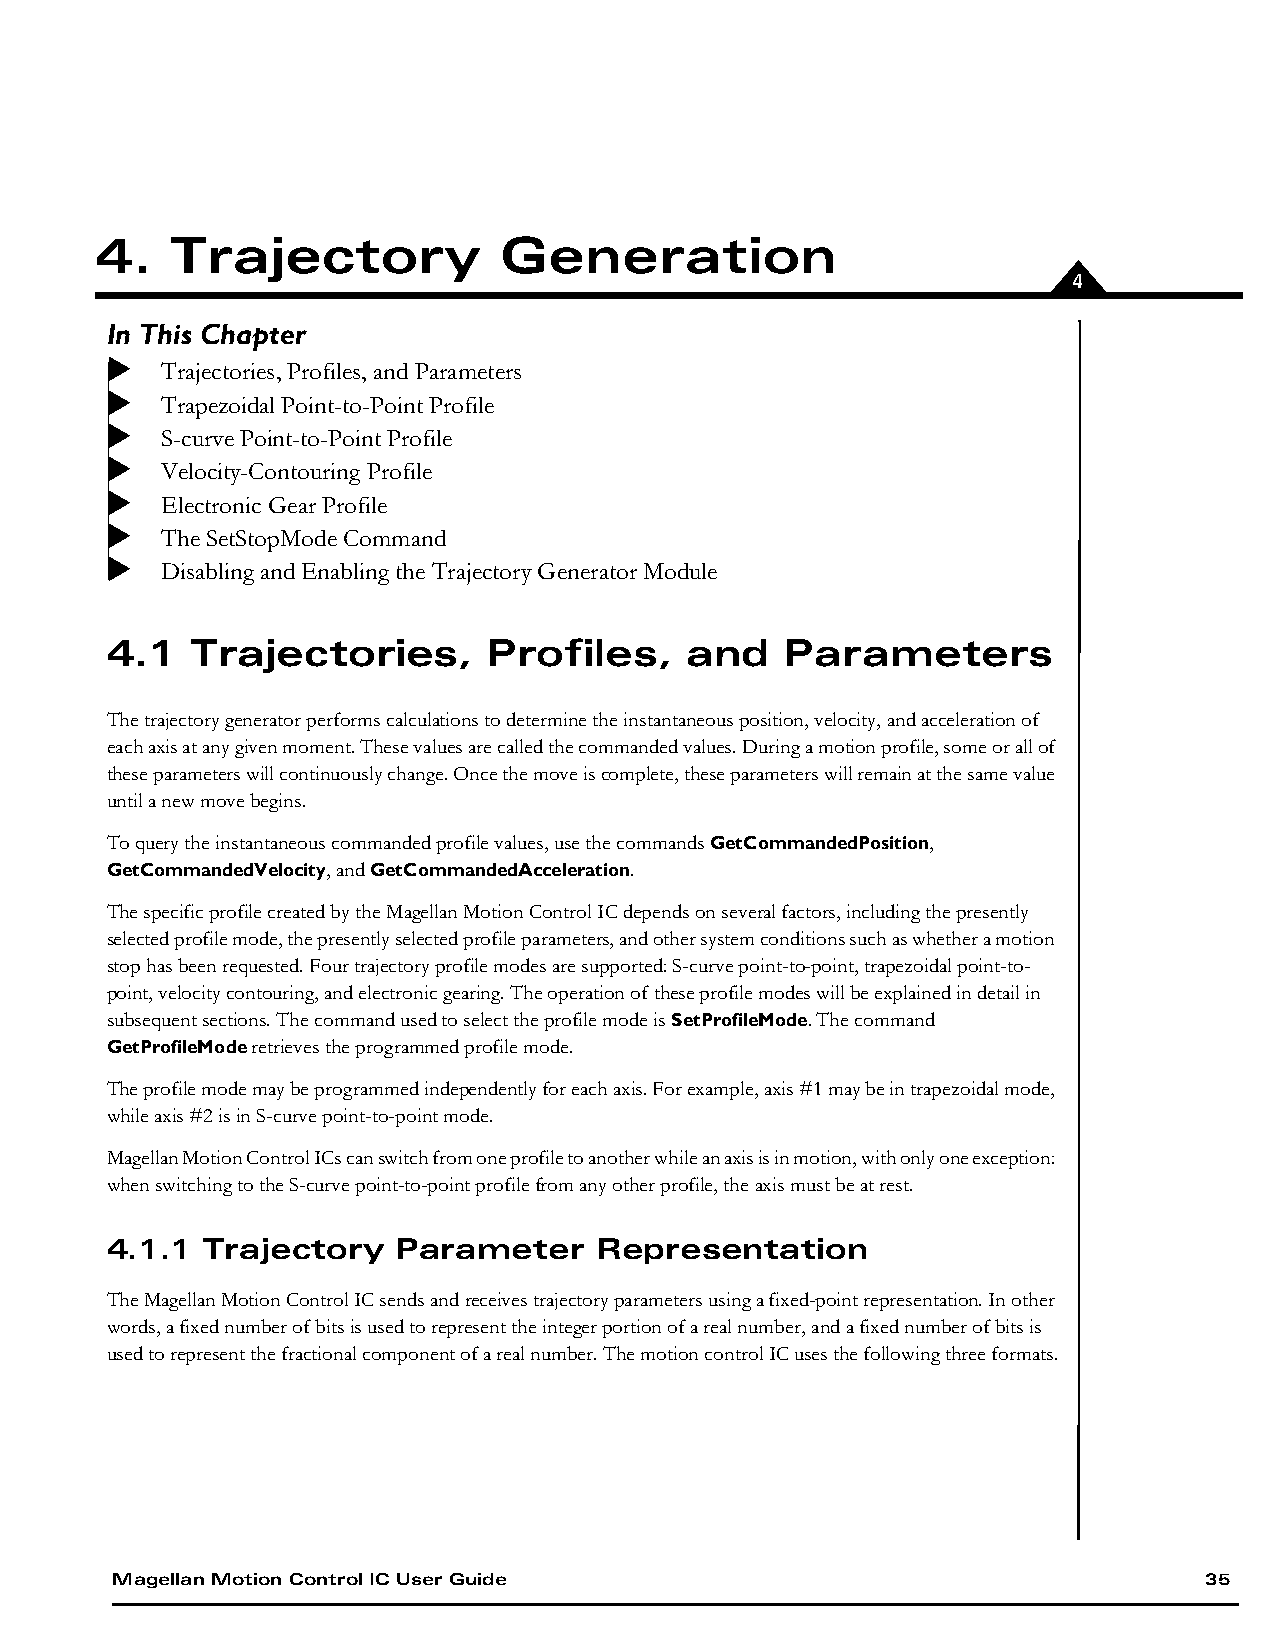
4.   Trajectory            Generation
 4
 In This Chapter
 Trajectories, Profiles, and Parameters
 Trapezoidal Point-to-Point Profile
 S-curve Point-to-Point Profile
 Velocity-Contouring Profile
 Electronic Gear Profile
 The  SetStopMode Command
 Disabling and Enabling the Trajectory Generator Module
 4.1   Trajectories,      Profiles,    and    Parameters
 The trajectory generator performs calculations to determine the instantaneous position, velocity, and acceleration of
 each axis at any given moment. These values are called the commanded values. During a motion profile, some or all of
 these parameters will continuously change. Once the move is complete, these parameters will remain at the same value
 until a new move begins.
 To query the instantaneous commanded profile values, use the commands GetCommandedPosition,
 GetCommandedVelocity, and GetCommandedAcceleration.
 The specific profile created by the Magellan Motion Control IC depends on several factors, including the presently
 selected profile mode, the presently selected profile parameters, and other system conditions such as whether a motion
 stop has been requested. Four trajectory profile modes are supported: S-curve point-to-point, trapezoidal point-to-
 point, velocity contouring, and electronic gearing. The operation of these profile modes will be explained in detail in
 subsequent sections. The command used to select the profile mode is SetProfileMode. The command
 GetProfileMode retrieves the programmed profile mode.
 The profile mode may be programmed independently for each axis. For example, axis #1 may be in trapezoidal mode,
 while axis #2 is in S-curve point-to-point mode.
 Magellan Motion Control ICs can switch from one profile to another while an axis is in motion, with only one exception:
 when switching to the S-curve point-to-point profile from any other profile, the axis must be at rest.
 4.1.1 Trajectory   Parameter     Representation
 The Magellan Motion Control IC sends and receives trajectory parameters using a fixed-point representation. In other
 words, a fixed number of bits is used to represent the integer portion of a real number, and a fixed number of bits is
 used to represent the fractional component of a real number. The motion control IC uses the following three formats.
 Magellan Motion Control IC User Guide                                    35